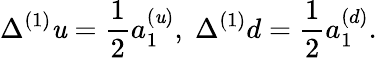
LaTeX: \Delta^{(1)}\mathit{u}=\frac{{1}}{{2}}a_{1}^{(\mathit{u})},\; \Delta^{(1)}d=\frac{{1}}{{2}}a_{1}^{(d)}.